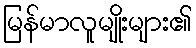
မြန်မာလူမျိုးများ၏